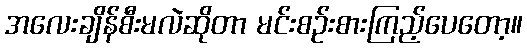
အလေးချိန်စီးမလဲဆိုတာ မင်းစဉ်းစားကြည့်ပေတော့။